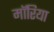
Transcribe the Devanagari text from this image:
मॉरिया